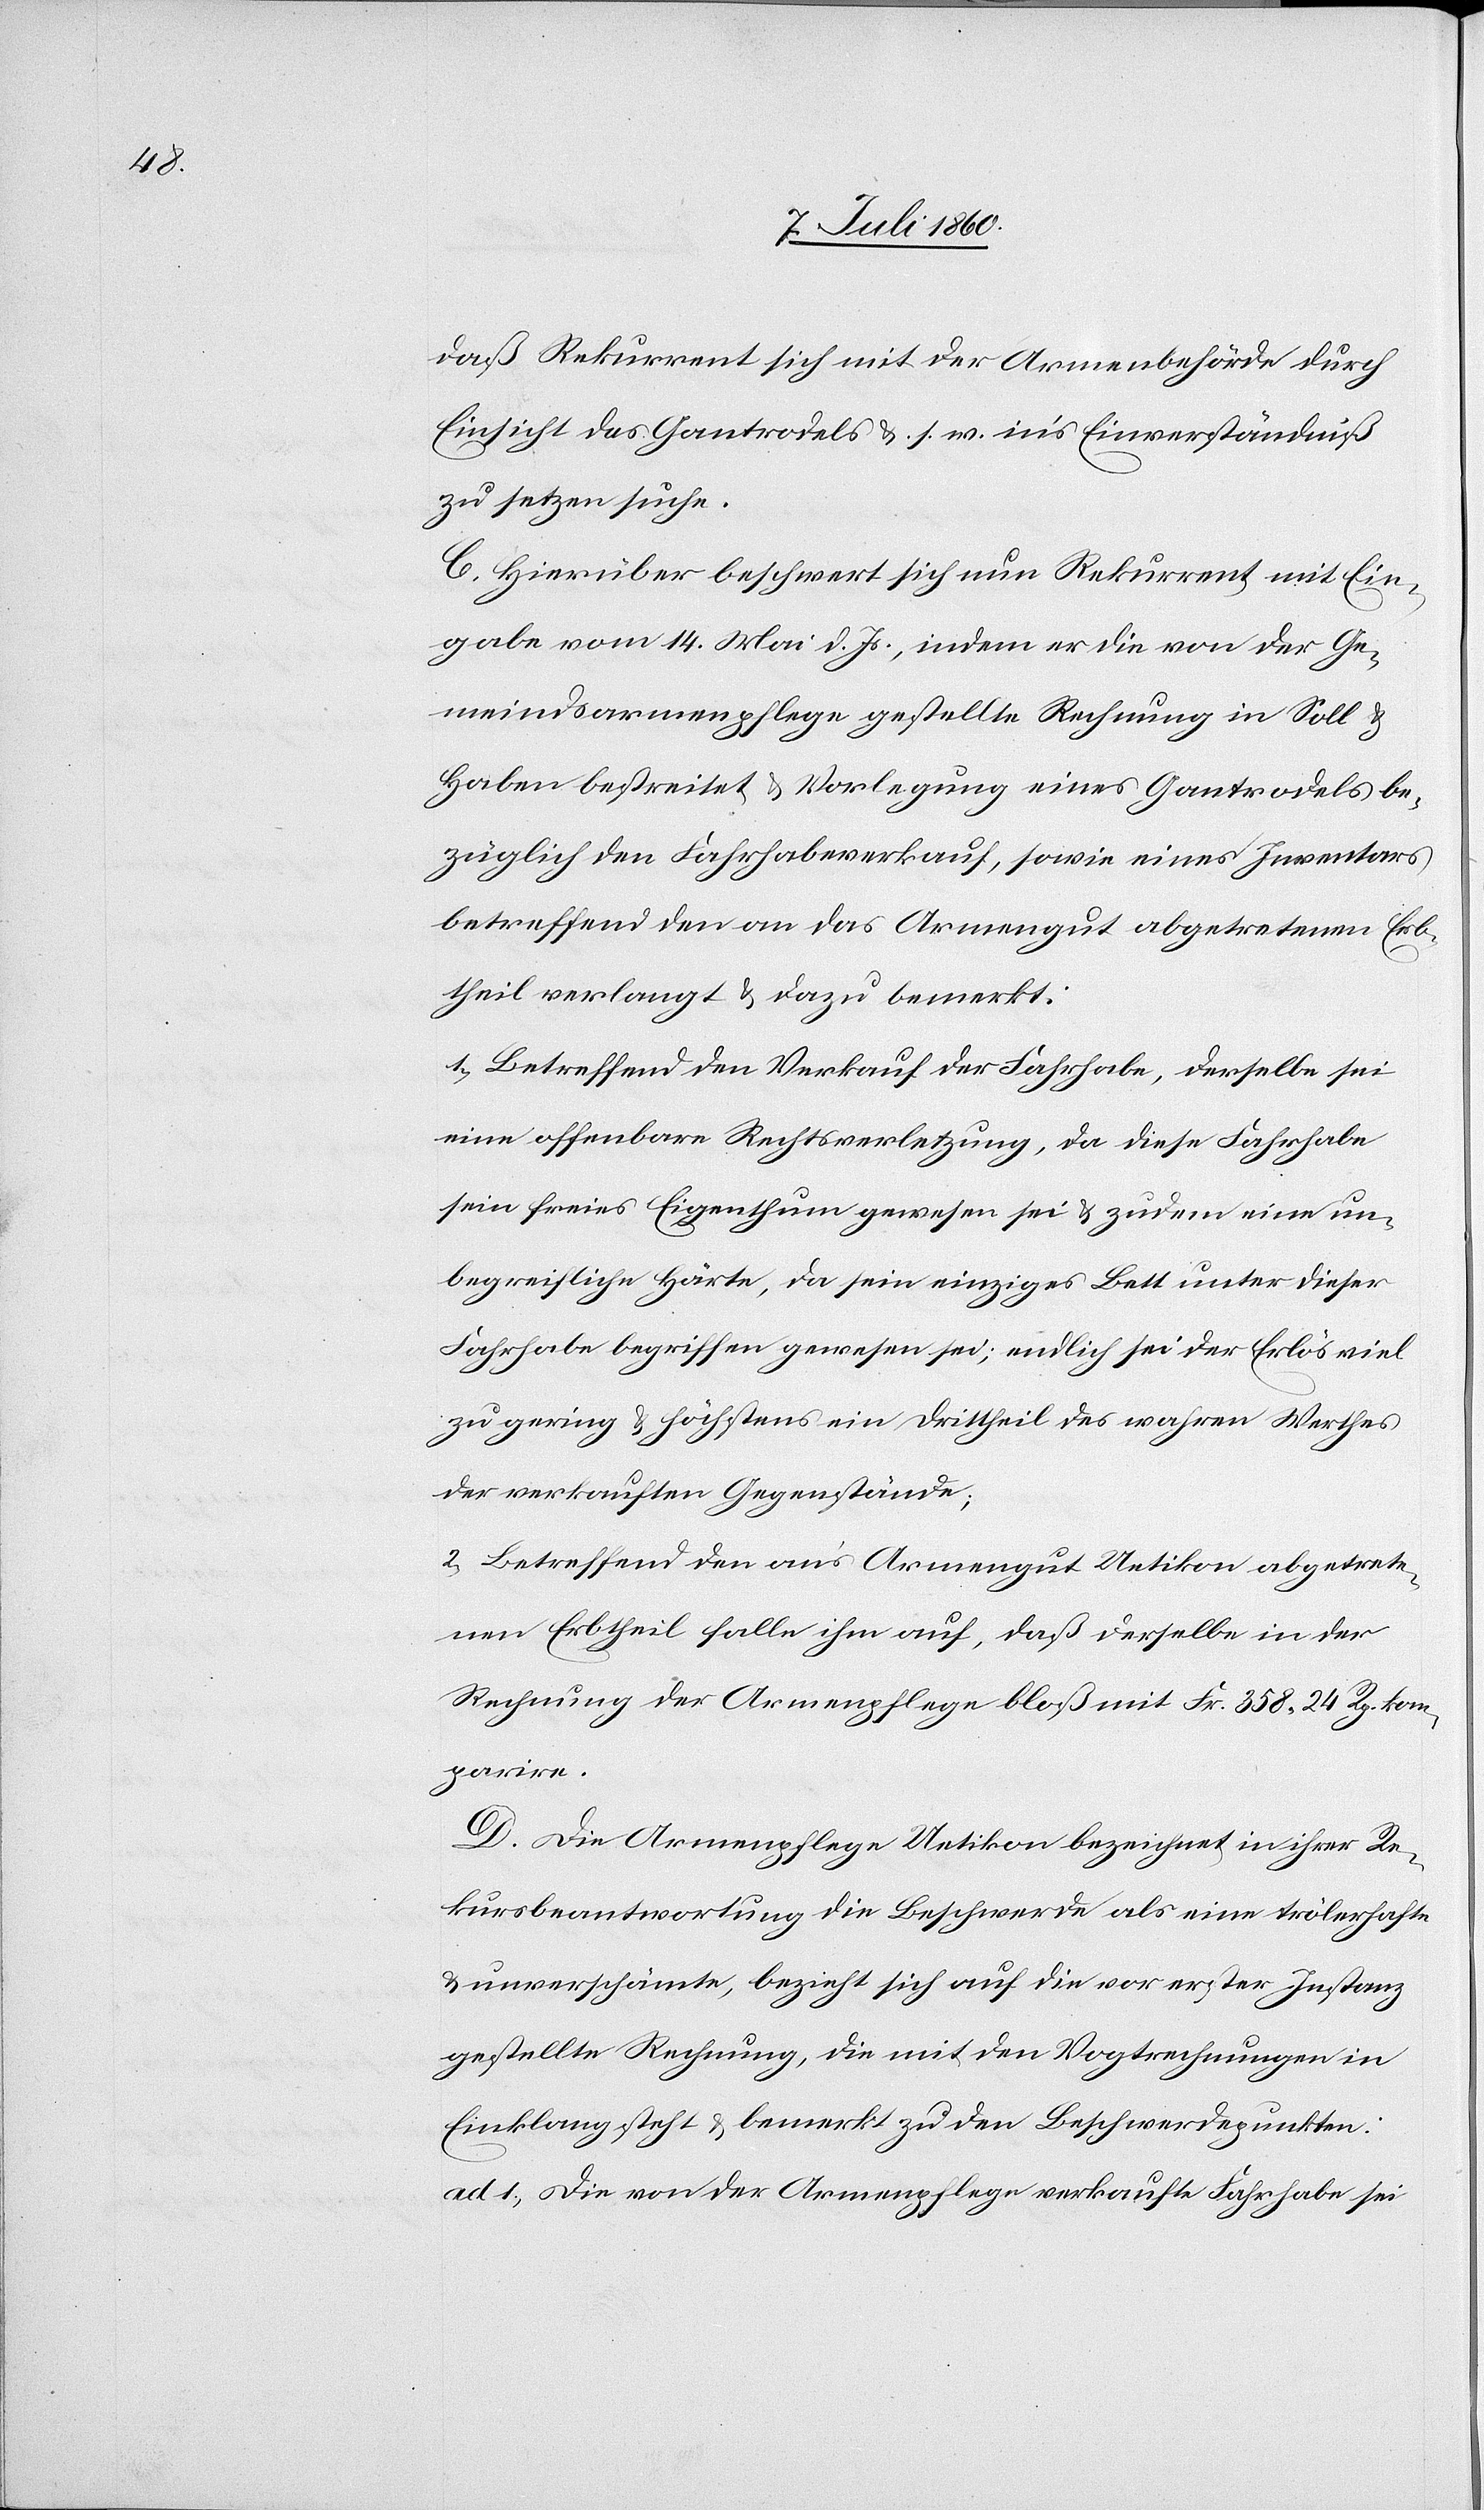
daß Rekurrent sich mit der Armenbehörde durch
Einsicht des Gantrodels &. s. w. ins Einverständniß
zu setzen suche.
C. Hierüber beschwert sich nun Rekurrent mit Ein¬
gabe vom 14. Mai d. Js., indem er die von der Ge¬
meindsarmenpflege gestellte Rechnung in Soll &
Haben bestreitet & Vorlegung eines Gantrodels be¬
züglich den Fahrhabeverkauf, sowie eines Inventars
betreffend den an das Armengut abgetretenen Erb¬
theil verlangt & dazu bemerkt:
1) Betreffend den Verkauf der Fahrhabe, derselbe sei
eine offenbare Rechtsverletzung, da diese Fahrhabe
sein freies Eigenthum gewesen sei & zudem eine un¬
begreifliche Härte, da sein einziges Bett unter dieser
Fahrhabe begriffen gewesen sei; endlich sei der Erlös viel
zu gering & höchstens ein Drittheil des wahren Werthes
der verkauften Gegenstände;
2) Betreffend den ans Armengut Uetikon abgetrete¬
nen Erbtheil falle ihm auf, daß derselbe in der
Rechnung der Armenpflege bloß mit Fr. 358. 24 Rp. kom¬
parire.
D. Die Armenpflege Uetikon bezeichnet in ihrer Re¬
kursbeantwortung die Beschwerde als eine trölerhafte
& unverschämte, bezieht sich auf die vor erster Instanz
gestellte Rechnung, die mit den Vogtrechnungen in
Einklang steht & bemerkt zu den Beschwerdepunkten:
ad. 1., Die von der Armenpflege verkaufte Fahrhabe sei